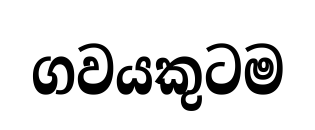
ගවයකුටම